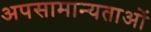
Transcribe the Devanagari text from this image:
अपसामान्यताओं